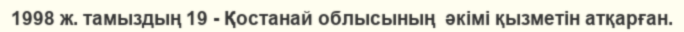
1998 ж. тамыздың 19 - Қостанай облысының  әкімі қызметін атқарған.